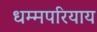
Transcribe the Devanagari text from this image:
धम्मपरियाय